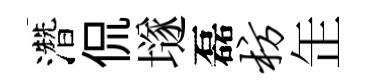
濳侃𡑞磊枋𦈢